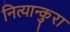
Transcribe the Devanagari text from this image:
नित्यान्कुरा